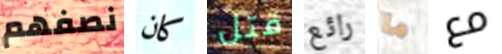
نصفهم كان قتل رائع ما مع